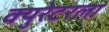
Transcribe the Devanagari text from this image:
क्युरेटरला